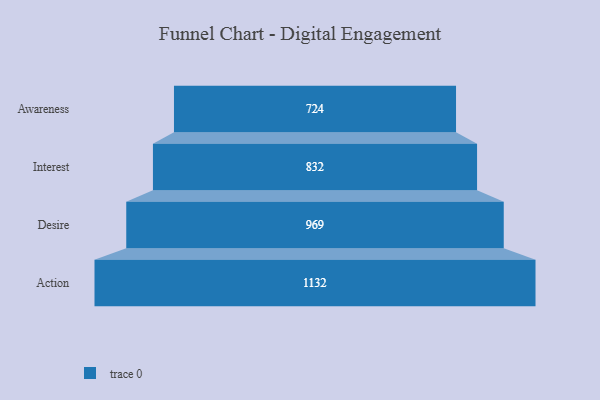
{"axis": {"x": "Stage", "y": "Value"}, "legend": [""], "data": [{"x": "Awareness", "y": 724.0, "type": ""}, {"x": "Interest", "y": 832.0, "type": ""}, {"x": "Desire", "y": 969.0, "type": ""}, {"x": "Action", "y": 1132.0, "type": ""}]}